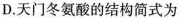
D.天门冬氨酸的结构简式为